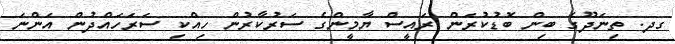
ގދ. ތިނަދޫގެ ބިން ބޮޑުކުރަން ރައީސް ޔާމީންގެ ސަރުކާރުން ހިއްކި ސަރަހައްދުން އަންނަ